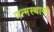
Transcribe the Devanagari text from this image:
जन्मस्थानों